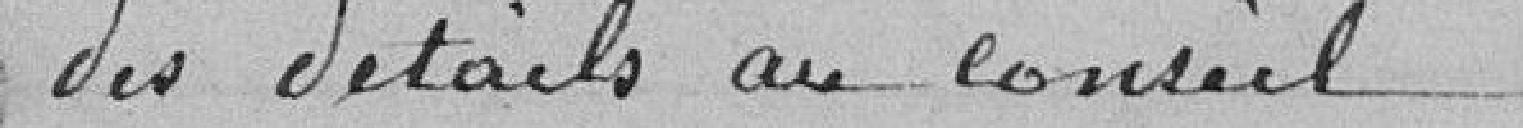
des détails au Conseil.